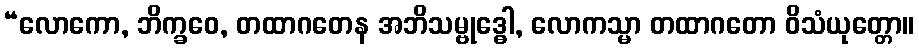
“လောကော, ဘိက္ခဝေ, တထာဂတေန အဘိသမ္ဗုဒ္ဓေါ, လောကသ္မာ တထာဂတော ဝိသံယုတ္တော။